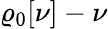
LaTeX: \varrho_{\mathrm{0}}[\nu]-\nu